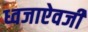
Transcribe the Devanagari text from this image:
ध्वजाऐवजी